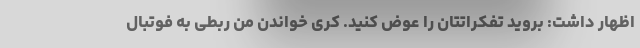
اظهار داشت: بروید تفکراتتان را عوض کنید. کری خواندن من ربطی به فوتبال